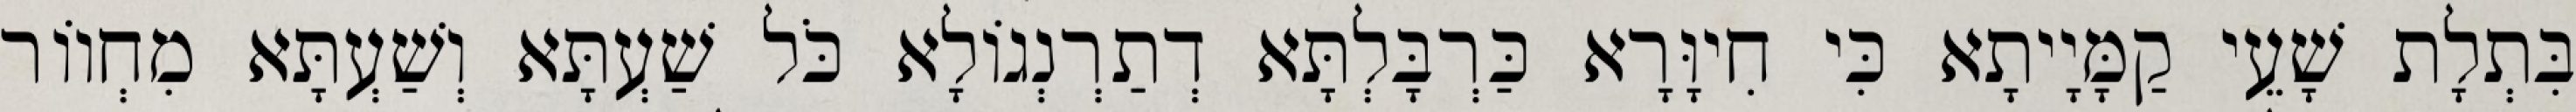
בִּתְלָת שָׁעֵי קַמָּיָיתָא כִּי חִיוָּרָא כַּרְבָּלְתָּא דְתַרְנְגוֹלָא כֹּל שַׁעְתָּא וְשַׁעְתָּא מִחְווֹר